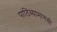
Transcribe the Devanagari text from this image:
पाठिंब्यामागची